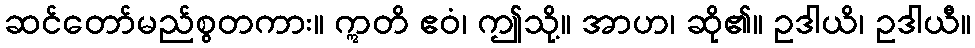
ဆင်တော်မည်စွတကား။ ဣတိ ဧဝံ၊ ဤသို့။ အာဟ၊ ဆို၏။ ဥဒါယိ၊ ဥဒါယီ။